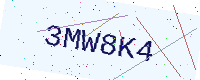
Text: 3MW8K4